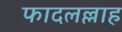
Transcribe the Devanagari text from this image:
फादलल्लाह